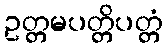
ဥတ္တမပတ္တိပတ္တံ